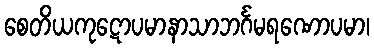
စေတိယကုဋောပမာနာသာဘင်္ဂမရဏောပမာ၊